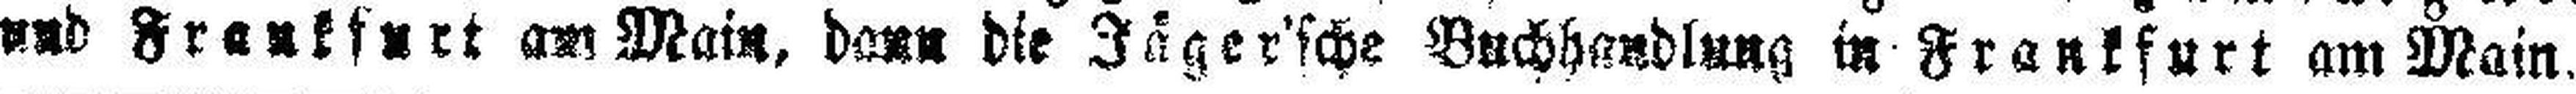
und Frankfurt am Main, dann die Jäger'sche Buchhandlung in Frankfurt am Main.